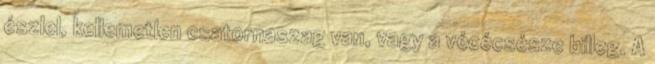
észlel, kellemetlen csatornaszag van, vagy a vécécsésze billeg. A